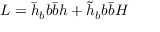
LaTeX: { \cal L } = \bar { h } _ { b } b \bar { b } h + \tilde { h } _ { b } b \bar { b } H